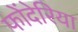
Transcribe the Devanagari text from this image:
फोंदेरिया